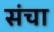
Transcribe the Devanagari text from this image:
संचा